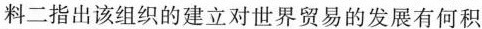
料二指出该组织的建立对世界贸易的发展有何积